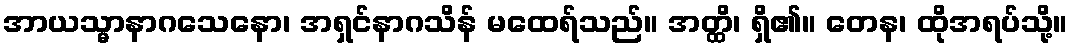
အာယသ္မာနာဂသေနော၊ အရှင်နာဂသိန် မထေရ်သည်။ အတ္ထိ၊ ရှိ၏။ တေန၊ ထိုအရပ်သို့။